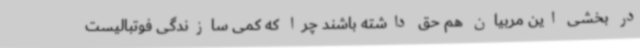
در بخشی این مربیان هم حق داشته باشند چرا که کمی سازندگی فوتبالیست